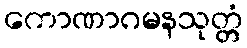
ကောဏာဂမနသုတ္တံ